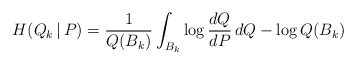
\begin{align*}H(Q_k\,|\,P) = \frac{1}{Q(B_k)}\int_{B_k} \log\frac{dQ}{dP}\,dQ - \log Q(B_k)\end{align*}